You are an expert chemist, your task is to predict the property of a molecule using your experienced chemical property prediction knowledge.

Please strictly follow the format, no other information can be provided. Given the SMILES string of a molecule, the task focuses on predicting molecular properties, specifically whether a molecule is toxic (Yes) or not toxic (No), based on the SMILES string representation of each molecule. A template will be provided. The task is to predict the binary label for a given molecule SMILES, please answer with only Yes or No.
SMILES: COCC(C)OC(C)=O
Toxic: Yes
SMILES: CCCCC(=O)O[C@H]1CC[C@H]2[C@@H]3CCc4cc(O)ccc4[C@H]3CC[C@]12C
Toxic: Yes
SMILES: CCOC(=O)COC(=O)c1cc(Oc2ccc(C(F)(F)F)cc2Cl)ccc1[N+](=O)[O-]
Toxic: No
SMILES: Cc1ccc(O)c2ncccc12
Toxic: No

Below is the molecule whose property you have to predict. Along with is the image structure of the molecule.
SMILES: Cc1cccc(C)c1NC(=O)CN1CCCCCC1
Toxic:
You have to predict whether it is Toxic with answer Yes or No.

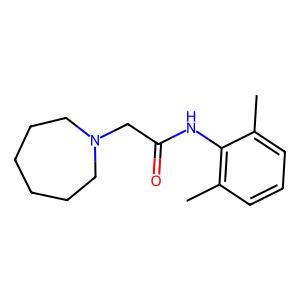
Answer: No